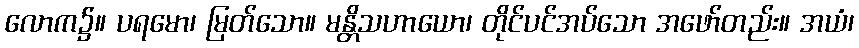
လောက၌။ ပရမော၊ မြတ်သော။ မန္တိသဟာယော၊ တိုင်ပင်အပ်သော အဖော်တည်း။ အယံ၊